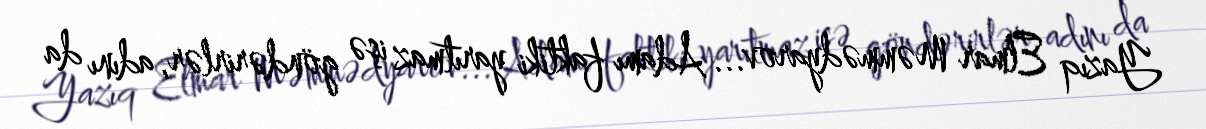
Yazıq Elmar Məmmədyarov... Adamı faktiki yarıtmaz işə göndərirlər, adını da